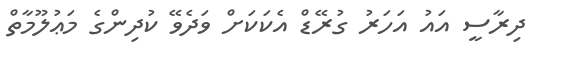
ދިރާސީ އައު އަހަރު ގުރޭޑް އެކަކަށް ވަދެވޭ ކުދިންގެ މަޢުލޫމާތް